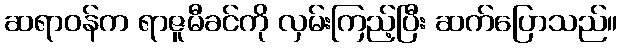
ဆရာဝန်က ရာဇူမီခင်ကို လှမ်းကြည့်ပြီး ဆက်ပြောသည်။